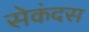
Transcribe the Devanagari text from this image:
सेकंदस